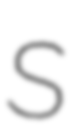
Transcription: S